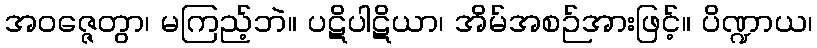
အဝဇ္ဇေတွာ၊ မကြည့်ဘဲ။ ပဋိပါဋိယာ၊ အိမ်အစဉ်အားဖြင့်။ ပိဏ္ဍာယ၊